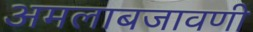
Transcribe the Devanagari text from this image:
अमलाबजावणी